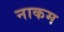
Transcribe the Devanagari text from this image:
नाकम